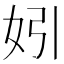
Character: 𡛅